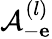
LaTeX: \mathcal{A}_{-{\mathbf e}}^{(l)}